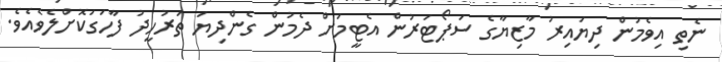
ނެތި އިވެމުން ދިޔައިރު މާޒިޔާގެ ސަޕޯޓަރުން އެޓީމަށް ދެމުން ގެންދިޔަ ތަރުހީދު ފާހަގަކޮށްލެވެއެވެ.